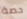
حصة